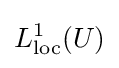
L_{\text{loc}}^{1}(U)